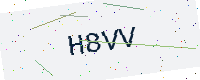
Text: H8VV